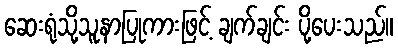
ဆေးရုံသို့သူနာပြုကားဖြင့် ချက်ချင်း ပို့ပေးသည်။